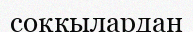
соқкылардан